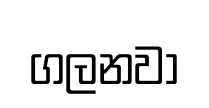
ගලනවා